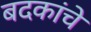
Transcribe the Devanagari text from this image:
बदकांचे